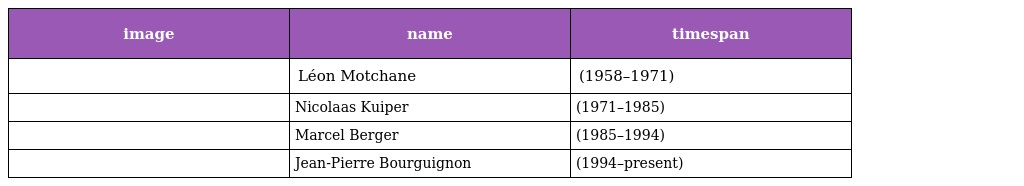
| image | name | timespan |
 | --- | --- | --- |
 |  | Léon Motchane | (1958–1971) |
 |  | Nicolaas Kuiper | (1971–1985) |
 |  | Marcel Berger | (1985–1994) |
 |  | Jean-Pierre Bourguignon | (1994–present) |